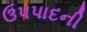
ઉપપાદની